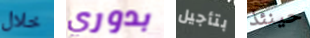
خلال بدوري بتأجيل حينئذ